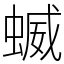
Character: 蝛